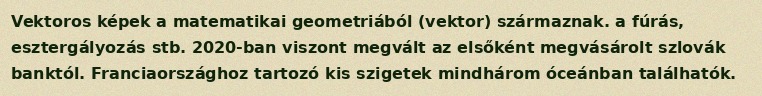
Vektoros képek a matematikai geometriából (vektor) származnak. a fúrás, esztergályozás stb. 2020-ban viszont megvált az elsőként megvásárolt szlovák banktól. Franciaországhoz tartozó kis szigetek mindhárom óceánban találhatók.